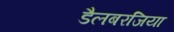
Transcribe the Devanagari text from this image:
डैलबरजिया